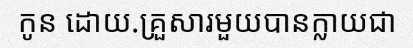
កូន ដោយ.គ្រួសារមួយបានក្លាយជា